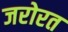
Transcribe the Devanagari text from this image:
जरोरत